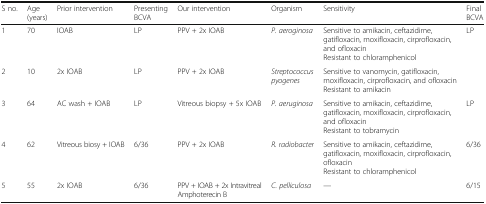
<table><thead><tr><td><b>S no.</b></td><td><b>Age (years)</b></td><td><b>Prior intervention</b></td><td><b>Presenting BCVA</b></td><td><b>Our intervention</b></td><td><b>Organism</b></td><td><b>Sensitivity</b></td><td><b>Final BCVA</b></td></tr></thead><tbody><tr><td>1</td><td>70</td><td>IOAB</td><td>LP</td><td>PPV + 2x IOAB</td><td><i>P. aeroginosa</i></td><td>Sensitive to amikacin, ceftazidime, gatifloxacin, moxifloxacin, cirprofloxacin, and ofloxacinResistant to chloramphenicol</td><td>LP</td></tr><tr><td>2</td><td>10</td><td>2x IOAB</td><td>LP</td><td>PPV + 2x IOAB</td><td><i>Streptococcus pyogenes</i></td><td>Sensitive to vanomycin, gatifloxacin, moxifloxacin, cirprofloxacin, and ofloxacinResistant to amikacin</td><td></td></tr><tr><td>3</td><td>64</td><td>AC wash + IOAB</td><td>LP</td><td>Vitreous biopsy + 5x IOAB</td><td><i>P. aeruginosa</i></td><td>Sensitive to amikacin, ceftazidime, gatifloxacin, moxifloxacin, cirprofloxacin, and ofloxacinResistant to tobramycin</td><td>LP</td></tr><tr><td>4</td><td>62</td><td>Vitreous biosy + IOAB</td><td>6/36</td><td>PPV + 2x IOAB</td><td><i>R. radiobacter</i></td><td>Sensitive to amikacin, ceftazidime, gatifloxacin, moxifloxacin, cirprofloxacin, ofloxacinResistant to chloramphenicol</td><td>6/36</td></tr><tr><td>5</td><td>55</td><td>2x IOAB</td><td>6/36</td><td>PPV + IOAB + 2x Intravitreal Amphoterecin B</td><td><i>C. pelliculosa</i></td><td>—</td><td>6/15</td></tr></tbody></table>